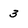
Character: 3